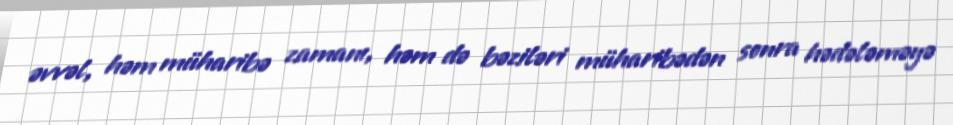
əvvəl, həm müharibə zamanı, həm də bəziləri müharibədən sonra hədələməyə